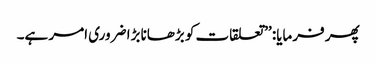
پھر فرمایا: ’’تعلقات کو بڑھانا بڑا ضروری امر ہے۔